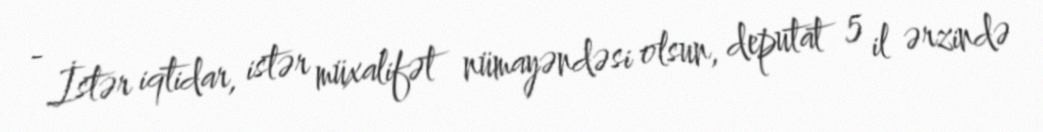
- İstər iqtidar, istər müxalifət nümayəndəsi olsun, deputat 5 il ərzində